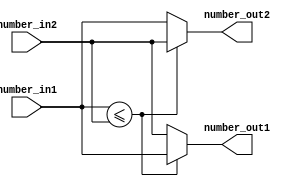
module BITONIC_AS(number_in1, number_in2, number_out1, number_out2);
input  [7:0] number_in1;
input  [7:0] number_in2;
output [7:0] number_out1;
output [7:0] number_out2;

reg [7:0] number_out1;
reg [7:0] number_out2;

always @(*) begin
	if (number_in1 <= number_in2) begin
		number_out1 = number_in1;
		number_out2 = number_in2;
	end
	else begin
		number_out1 = number_in2;
		number_out2 = number_in1;
	end
end

endmodule